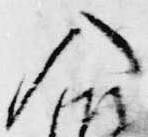
入